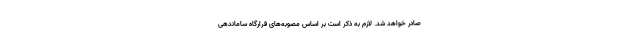
صادر خواهد شد. لازم به ذکر است بر اساس مصوبه‌های قرارگاه ساماندهی